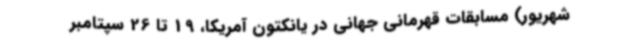
شهریور) مسابقات قهرمانی جهانی در یانکتون آمریکا، 19 تا 26 سپتامبر